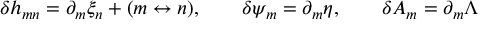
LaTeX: \delta h _ { m n } = \partial _ { m } \xi _ { n } + ( m \leftrightarrow n ) , \qquad \delta \psi _ { m } = \partial _ { m } \eta , \qquad \delta A _ { m } = \partial _ { m } \Lambda